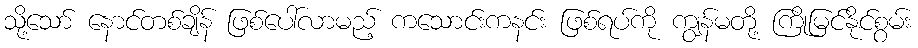
သို့သော် နောင်တစ်ချိန် ဖြစ်ပေါ်လာမည့် ကသောင်းကနင်း ဖြစ်ရပ်ကို ကျွန်မတို့ ကြိုမြင်နိုင်စွမ်း